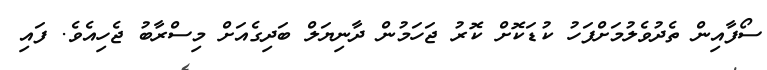
ސޯފާއިން ތެދުވެލުމަށްފަހު ކުޑަކޮށް ކޮރު ޖަހަމުން ދާނިޔަލް ބަދިގެއަށް މިސްރާބު ޖެހިއެވެ. ފައި